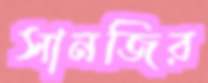
সানজির